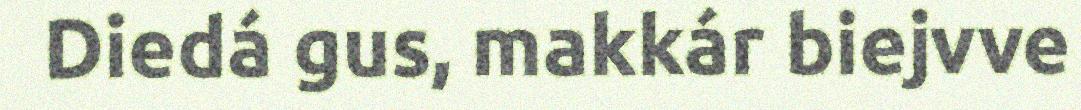
Diedá gus, makkár biejvve